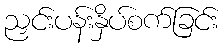
ညှင်းပန်းနှိပ်စက်ခြင်း